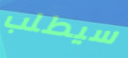
سيطلب